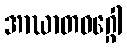
အာဃာတဝဂ္ဂေါ